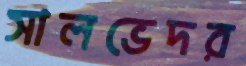
সালভেদর